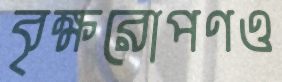
বৃক্ষরোপণও